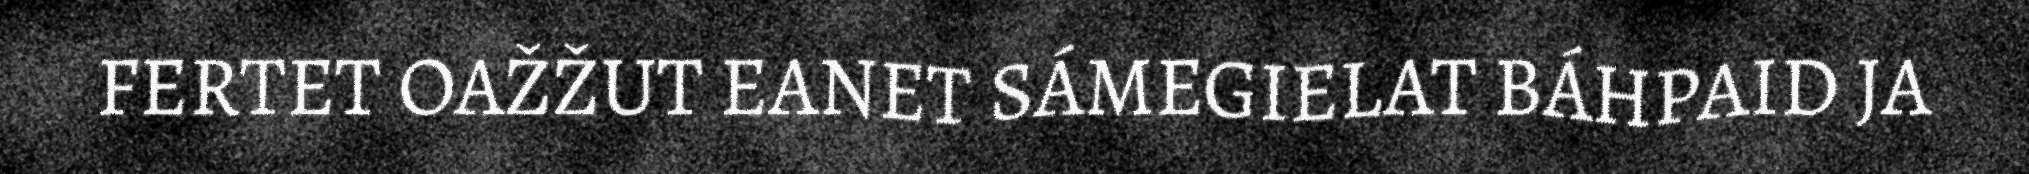
FERTET OAŽŽUT EANET SÁMEGIELAT BÁHPAID JA